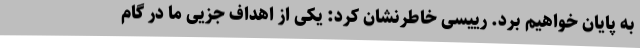
به پایان خواهیم برد. رییسی خاطرنشان کرد: یکی از اهداف جزیی ما در گام